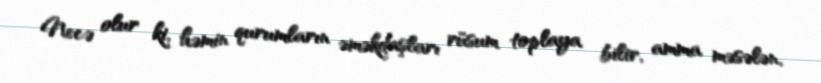
Necə olur ki, həmin qurumların əməkdaşları rüsum toplaya bilir, amma məsələn,